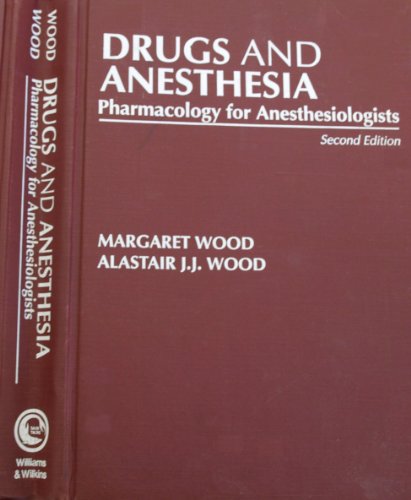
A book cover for Drugs and Anesthesia: Pharmacology for Anesthesiologists; Margaret Wood; Medical Books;